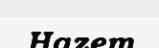
Hazem